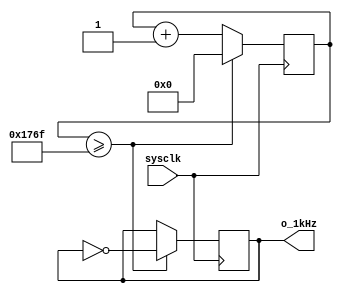
`timescale 1ns / 1ps

module prescalor_1kHz(
    input sysclk,
    output o_1kHz
    );

    reg [12:0] count=0;
    reg r_1kHz=0;

    always @(posedge sysclk)begin
        if(count >= 6000-1)begin
            count <=0;
            r_1kHz <= ~r_1kHz;
        end
        else begin
            count <= count+1;
        end
    end
    
    assign o_1kHz = r_1kHz; 

endmodule